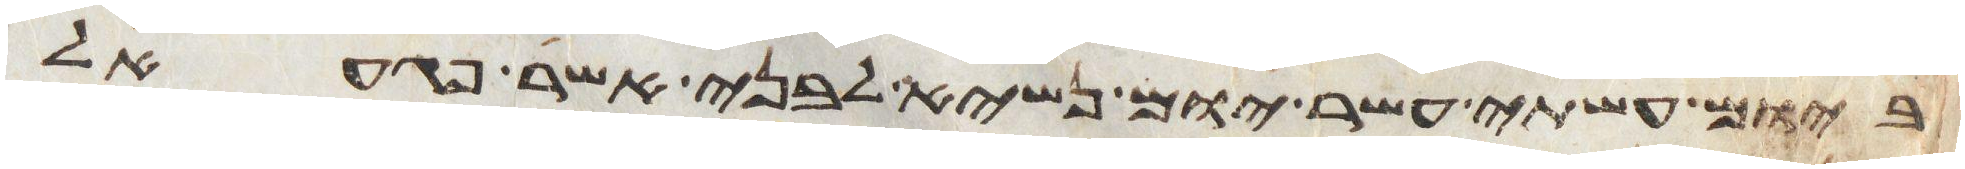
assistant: ביום עשתי עשר יום נשיא לבני אשר פגעאל